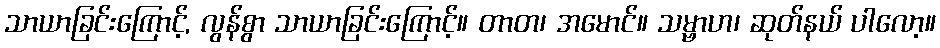
သာယာခြင်းကြောင့်, လွန်စွာ သာယာခြင်းကြောင့်။ တာတ၊ အမောင်။ သမ္ဗာဟ၊ ဆုတ်နယ် ပါလော့။